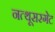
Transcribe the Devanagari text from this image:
नत्थूसरगेट